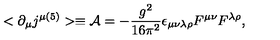
< \partial _ { \mu } j ^ { \mu ( 5 ) } > \equiv { \cal A } = - { \frac { g ^ { 2 } } { 1 6 \pi ^ { 2 } } } \epsilon _ { \mu \nu \lambda \rho } F ^ { \mu \nu } F ^ { \lambda \rho } ,